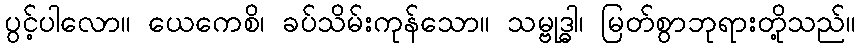
ပွင့်ပါလော။ ယေကေစိ၊ ခပ်သိမ်းကုန်သော။ သမ္ဗုဒ္ဓါ၊ မြတ်စွာဘုရားတို့သည်။